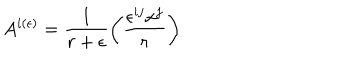
LaTeX: A ^ { i ( \epsilon ) } = \frac { 1 } { r + \epsilon } \left( \frac { \epsilon ^ { i j } x ^ { j } } { r } \right)